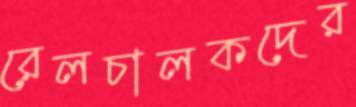
রেলচালকদের